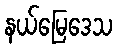
နယ်မြေဒေသ